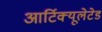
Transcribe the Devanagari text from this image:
आर्टिक्यूलेटेड